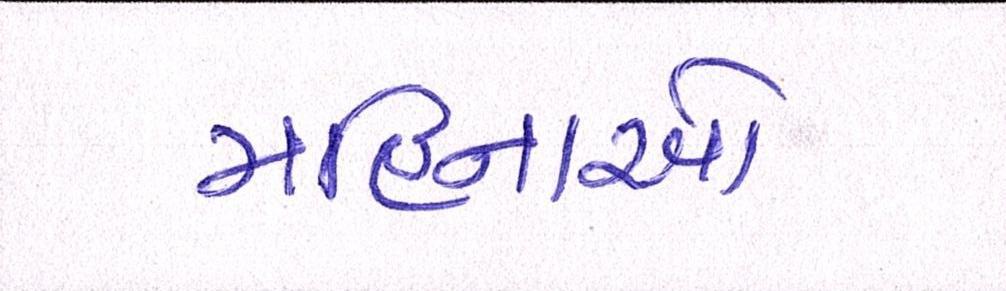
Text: મહિનાઓ